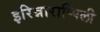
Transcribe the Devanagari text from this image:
इरिन्नाराप्पिली